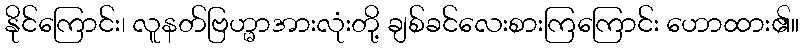
နိုင်ကြောင်း၊ လူနတ်ဗြဟ္မာအားလုံးတို့ ချစ်ခင်လေးစားကြကြောင်း ဟောထား၏။